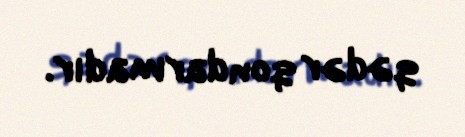
qədər qondarmadır.